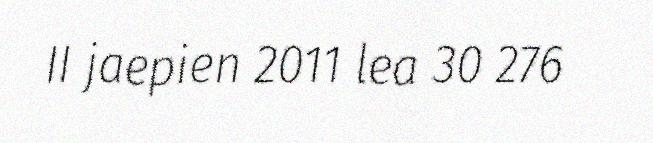
II jaepien 2011 lea 30 276